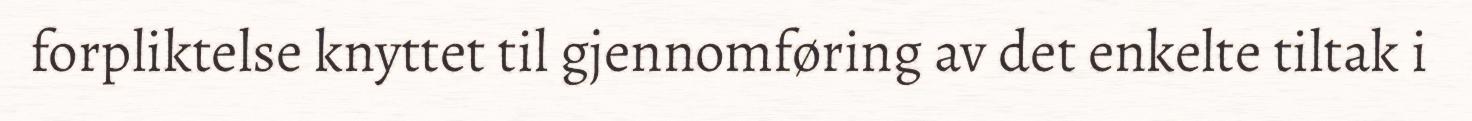
forpliktelse knyttet til gjennomføring av det enkelte tiltak i